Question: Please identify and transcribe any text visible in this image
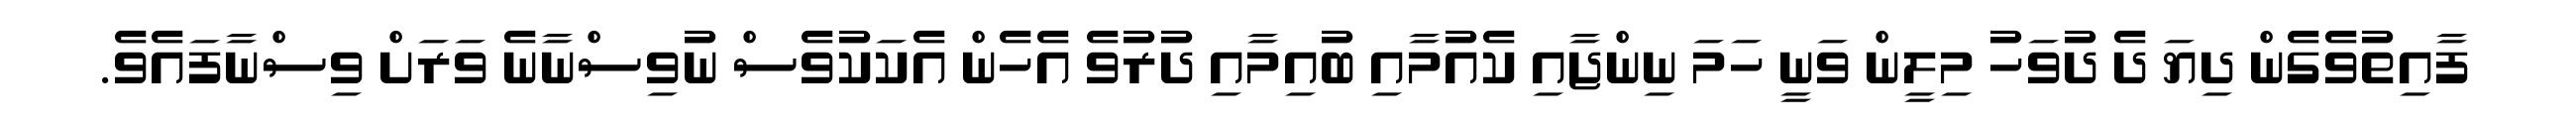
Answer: ފާއިތުވެގެން ދިޔަ ދެ ދުވަހު މިލީން ވަނީ ހަމަ ނިންޖާއި ކެއުމާއި ބުއިމާއި ދުރުވެ އެހެން އެކަކުވެސް ނުވިސްނާނެ ވަރަށް ވިސްނާފައެވެ.